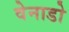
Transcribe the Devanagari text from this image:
वेनाडो